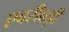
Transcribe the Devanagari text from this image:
एवरीबड़ी